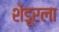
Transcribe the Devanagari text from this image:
शेंडूरला